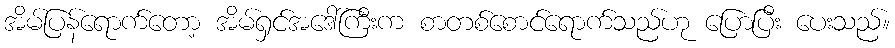
အိမ်ပြန်ရောက်တော့ အိမ်ရှင်အဒေါ်ကြီးက စာတစ်စောင်ရောက်သည်ဟု ပြောပြီး ပေးသည်။